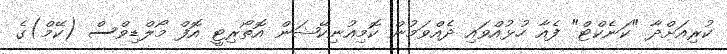
ކުރިއަށްދާ "ކަނެކްޓް" ފެއާ ހުޅުއްވައި ދެއްވަމުން ކޮމިއުނިކޭޝަން އޮތޯރިޓީ އޮފް މޯލްޑިވްސް (ކޭމް)ގެ